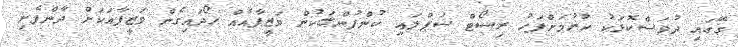
ގޭގައި ދުވަސްކޮޅަކު ހުރުމަށްފަހު ރިސޯޓް ސަޕްލައި ކުންފުންޏަކުން ވަޒީފާއެއް ހޯދައިގެން ވަޒީފާއަކަށް ދާންފެށި